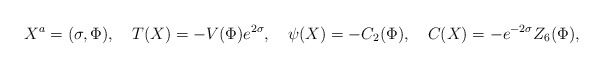
\begin{align*}X^a = (\sigma, \Phi), \ \ \ T(X)= - V(\Phi) e^{2\sigma},\ \ \ \psi (X) = -C_2(\Phi), \ \ \ C(X)= -e^{-2 \sigma} Z_6(\Phi),\end{align*}